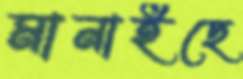
মানাইছে